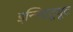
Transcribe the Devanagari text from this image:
इन्स्टिटूयूट